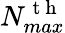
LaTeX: N_{max}^{\mathrm{~t~h~}}